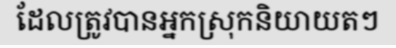
ដែលត្រូវបានអ្នកស្រុកនិយាយតៗ